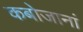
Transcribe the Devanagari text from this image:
कबोजानां